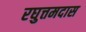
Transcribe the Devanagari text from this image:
रघुत्तमदास